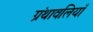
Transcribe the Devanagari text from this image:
ग्रंथावलियाँ